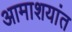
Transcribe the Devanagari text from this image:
आमाशयांत